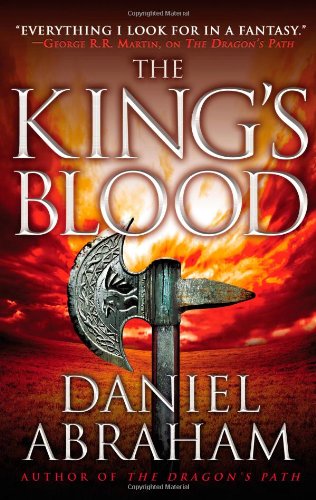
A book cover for The King's Blood (The Dagger and the Coin); Daniel Abraham; Science Fiction & Fantasy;